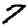
Digit: 7